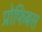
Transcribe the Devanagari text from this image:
प्रोफिबस